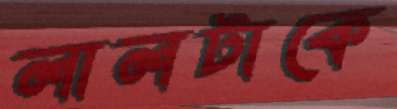
লালটাকে